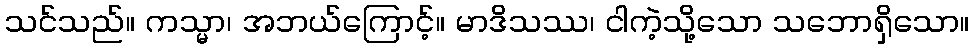
သင်သည်။ ကသ္မာ၊ အဘယ်ကြောင့်။ မာဒိသဿ၊ ငါကဲ့သို့သော သဘောရှိသော။